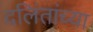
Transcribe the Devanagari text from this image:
दलिंतांच्या